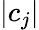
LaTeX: |c_{j}|